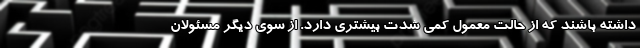
داشته باشند که از حالت معمول کمی شدت بیشتری دارد. از سوی دیگر مسئولان